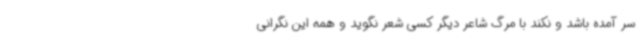
سر آمده باشد و نکند با مرگ شاعر دیگر کسی شعر نگوید و همه این نگرانی